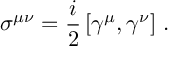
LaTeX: \sigma ^ { \mu \nu } = \frac { i } { 2 } \left[ \gamma ^ { \mu } , \gamma ^ { \nu } \right] \, .